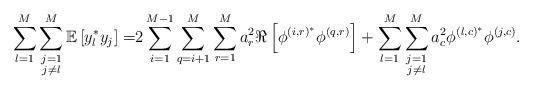
LaTeX: \begin{align*} \sum_{l=1}^M\sum\limits_{\substack{j=1\\j\neq l}}^M\mathbb{E}\left[y_l^* y_j\right]=&2\sum_{i=1}^{M-1}\sum_{q=i+1}^{M}\sum_{r=1}^M a_r^2\Re\left[\phi^{\left(i,r\right)^*}\phi^{\left(q,r\right)}\right]+\sum_{l=1}^M\sum\limits_{\substack{j=1\\j\neq l}}^M a_c^2\phi^{\left(l,c\right)^*}\phi^{\left(j,c\right)}.\end{align*}